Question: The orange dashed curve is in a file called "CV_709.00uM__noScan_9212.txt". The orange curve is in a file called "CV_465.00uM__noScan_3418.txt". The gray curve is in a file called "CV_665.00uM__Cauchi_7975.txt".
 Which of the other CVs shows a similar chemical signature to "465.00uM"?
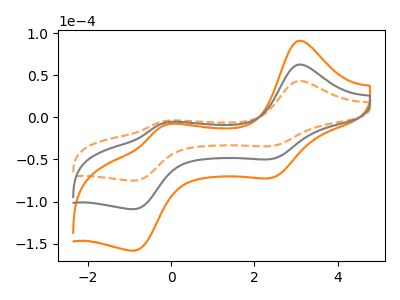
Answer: <think>The orange dashed curve "709.00uM" has anodic peaks at (3.05V, 43.00uA) (-0.15V, -4.45uA) and cathodic peaks at (2.40V, -34.15uA) (-0.85V, -75.05uA). The orange curve "465.00uM" has anodic peaks at (3.05V, 124.85uA) (-0.15V, -12.95uA) and cathodic peaks at (2.40V, -99.15uA) (-0.85V, -217.80uA). The gray curve "665.00uM" has anodic peaks at (3.05V, 62.45uA) (-0.15V, -6.45uA) and cathodic peaks at (2.40V, -49.60uA) (-0.85V, -108.90uA).
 All the peaks in "709.00uM" have a peak in "465.00uM" at the same potential. All the peaks in "709.00uM" have a peak in "665.00uM" at the same potential. All the peaks in "465.00uM" have a peak in "665.00uM" at the same potential.</think>
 <answer>"465.00uM" and "665.00uM" have a similar shape to "709.00uM".</answer>
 <eval>"465.00uM" "665.00uM"</eval>